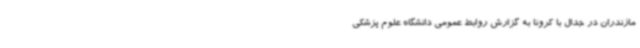
مازندران در جدال با کرونا به گزارش روابط عمومی دانشگاه علوم پزشکی